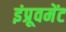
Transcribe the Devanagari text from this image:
इंप्रूवमेंट